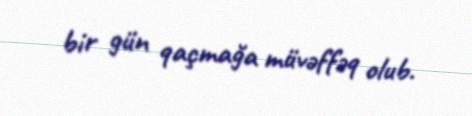
bir gün qaçmağa müvəffəq olub.